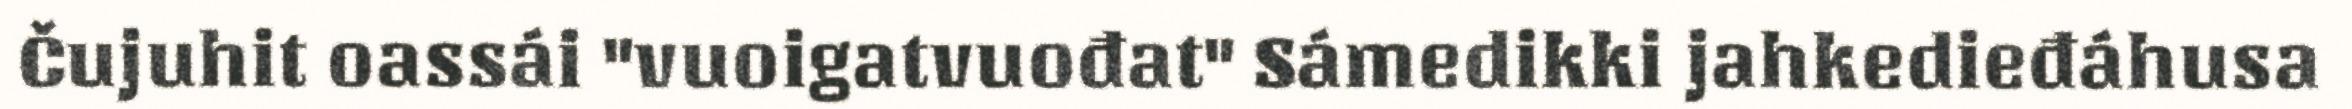
Čujuhit oassái "vuoigatvuođat" Sámedikki jahkedieđáhusa